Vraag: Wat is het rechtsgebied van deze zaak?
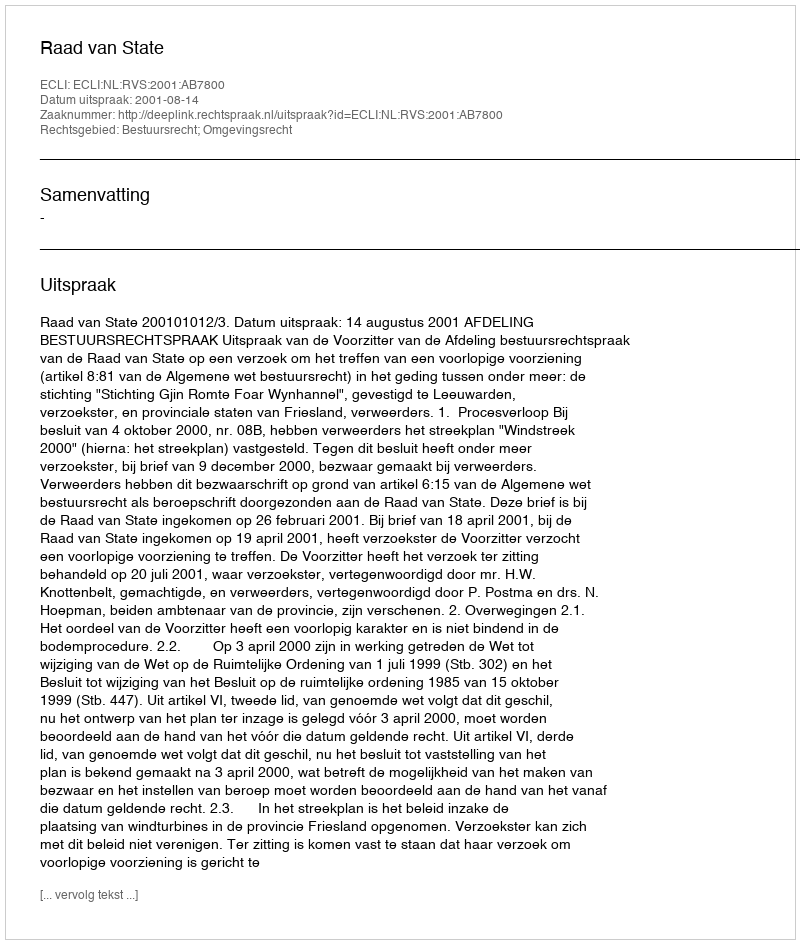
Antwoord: Bestuursrecht; Omgevingsrecht